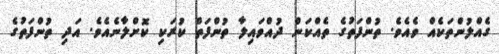
ގެއްލުންތަކެއް ވެއެވެ. ތުންފަތުގެ ތެއްކަން ދުއްވައިލާ ތުންފަތް ކުރަކި ކޮށްލާނެއެވެ. އަދި ތުންފަތުގެ